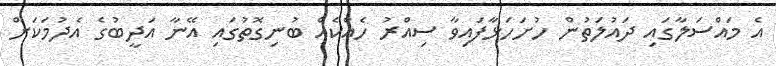
އެ މައްސަލާގައި ދައުލަތުން ހުށަހަޅާފައިވާ ސިއްރު ހެއްކެއް ބުނިގޮތުގައި އޭނާ އަދީބުގެ އެދުމަކަށް